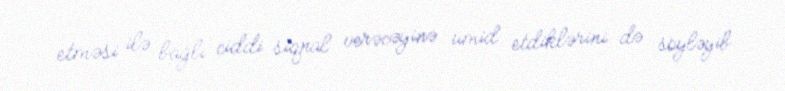
etməsi ilə bağlı ciddi siqnal verəcəyinə ümid etdiklərini də söyləyib.